Report on the Civil Veterinary Department, Eastern Bengal and Assam - 1907-1911
Year: 1907
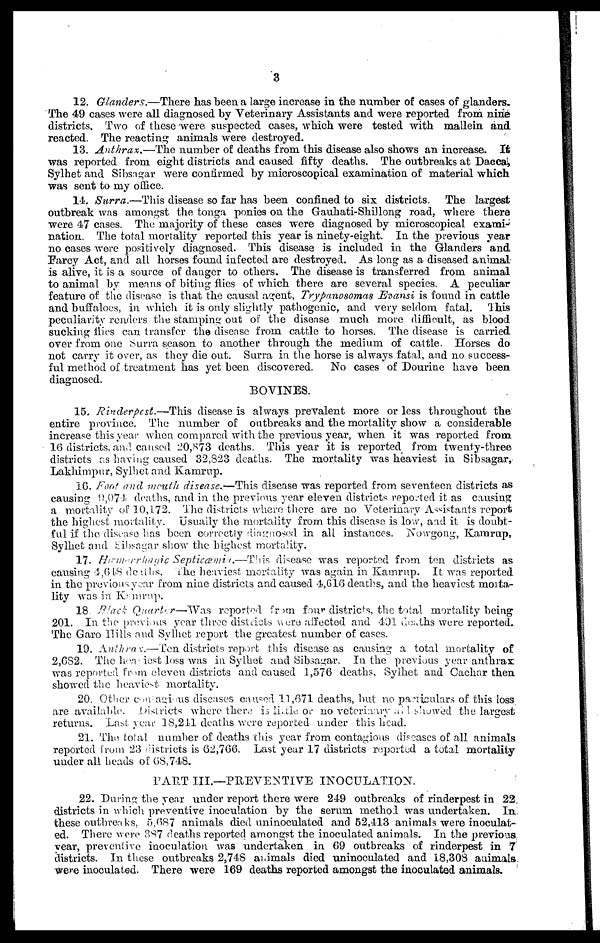
3
12. Glanders.—There has been a large increase in the number of cases of glanders.
The 49 cases were all diagnosed by Veterinary Assistants and were reported from nine
districts. Two of these were suspected cases, which were tested with mallein and
reacted. The reacting animals were destroyed.
13. Anthrax.—The number of deaths from this disease also shows an increase. It
was reported from eight districts and caused fifty deaths. The outbreaks at Dacca,
Sylhet and Sibsagar were confirmed by microscopical examination of material which
was sent to my office.
14. Surra.—This disease so far has been confined to six districts. The largest
outbreak was amongst the tonga ponies on the Gauhati-Shillong road, where there
were 47 cases. The majority of these cases were diagnosed by microscopical exami-
nation. The total mortality reported this year is ninety-eight. In the previous year
no cases were positively diagnosed. This disease is included in the Glanders and
Farcy Act, and all horses found infected are destroyed. As long as a diseased animal
is alive, it is a source of danger to others. The disease is transferred from animal
to animal by mains of biting flies of which there are several species. A peculiar
feature of the disease is that the causal agent, Trypanosomas Evansi is found in cattle
and buffaloes, in which it is only slightly pathogenic, and very seldom fatal. This
peculiarity renders the stamping out of the disease much more difficult, as blood
sucking flies can transfer the disease from cattle to horses. The disease is carried
over from one Surra season to another through the medium of cattle. Horses do
not carry it over, as they die out. Surra in the horse is always fatal, and no success-
ful method of treatment has yet been discovered. No cases of Dourine have been
diagnosed.
BOVINES.
15. Rinderpest.—This disease is always prevalent more or less throughout the
entire province. The number of outbreaks and the mortality show a considerable
increase this year when compared with the previous year, when it was reported from
16 districts, and caused 20,873 deaths. This year it is reported from twenty-three
districts as having caused 32,823 deaths. The mortality was heaviest in Sibsagar,
Lakhimpur, Sylhet and Kamrup.
16. Foot and mouth disease.—This disease was reported from seventeen districts as
causing 9,074 deaths, and in the previous year eleven districts reported it as causing
a mortality of 10,172. The districts where there are no Veterinary Assistants report
the highest mortality. Usually the mortality from this disease is low, and it is doubt-
ful if the disease has been correctly diagnosed in all instances. Nowgong, Kamrup,
Sylhet and Sibsngar show the highest mortality.
17. Hæmorrhagic Septicæemia.—This disease was reported from ten districts as
causing 4,618 deaths. the heaviest mortality was again in Kamrup. It was reported
in the previous year from nine districts and caused 4,616 deaths, and the heaviest morta-
lity was in Kamrup.
18 Black Quarter—Was reported from four districts, the total mortality being
201. In the previous year three districts were affected and 491 deaths were reported.
The Garo Hills and Sylhet report the greatest number of cases.
19. Anthrax.— Ten districts report this disease as causing a total mortality of
2,6S2. The heæiest loss was in Sylhet and Sibsagar. In the previous year anthrax
was reported from eleven districts and caused 1,576 deaths, Sylhet and Cachar then
showed the heaviest mortality.
20. Other conagious diseases caused 11,671 deaths, but no particulars of this loss
are available. Districts where there is little or no veterinary at showed the largest
returns. Last year 38,211 deaths were reported under this head.
21. The total number of deaths this year from contagious diseases of all animals
reported from 23 districts is 62,766. Last year 17 districts reported a total mortality
under all heads of 68,748.
PART III.—PREVENTIVE INOCULATION.
22. During the year under report there were 249 outbreaks of rinderpest in 22
districts in which preventive inoculation by the serum method was undertaken. In
these outbreaks, 5,687 animals died uninoculated and 52,413 animals were inoculat-
ed. There were 387 deaths reported amongst the inoculated animals. In the previous
year, preventive inoculation was undertaken in 69 outbreaks of rinderpest in 7
districts. In these outbreaks 2,748 animals died uninoculated and 18,308 animals
were inoculated. There were 169 deaths reported amongst the inoculated animals.